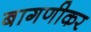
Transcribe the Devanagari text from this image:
बागणीकर